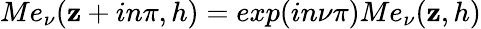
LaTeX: Me_{\nu}(\mathbf{z}+in\pi,h)=exp(in\nu\pi)Me_{\nu}(\mathbf{z},h)